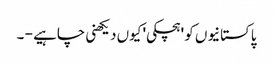
پاکستانیوں کو 'ہچکی' کیوں دیکھنی چاہیے - ۔